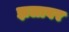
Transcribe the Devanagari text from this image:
झलावर